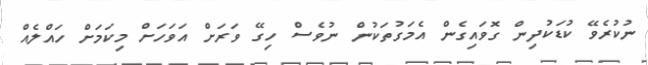
ނުކުރެވޭ ކުޑަކުދިން ގޮވައިގެން އެމަގުތަކުން ނުވެސް ހިގޭ ވަރަށް އަވަހަށް މިކަމަށް ހައްލެއް